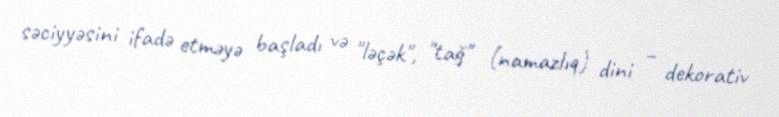
səciyyəsini ifadə etməyə başladı və "ləçək", "tağ" (namazlıq) dini – dekorativ